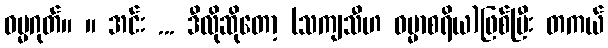
ဓမ္မဂုတ်။ ။ အင်း ... ဒီလိုဆိုတော့ (သကျသီဟ ဓမ္မာစရိယ)ဖြစ်ပြီး တကယ်